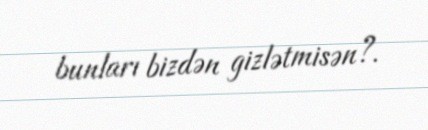
bunları bizdən gizlətmisən?.